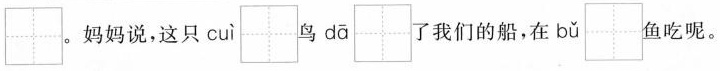
\aquare 。妈妈说，这只 cuì \aquare 鸟 dā \aquare 了我们的船，在 bǔ \aquare 鱼吃呢。